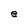
Character: e